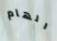
الهام